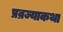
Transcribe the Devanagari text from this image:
प्रव्रज्याकथा